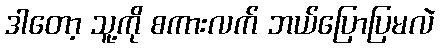
ဒါတော့ သူ့ကို စကားလက် ဘယ်ပြောပြမလဲ